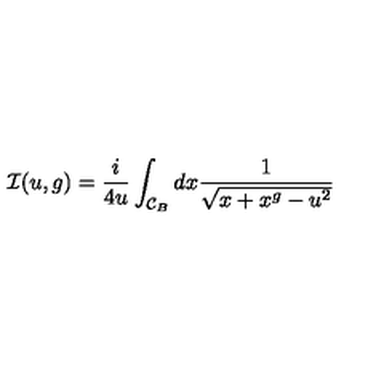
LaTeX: { \cal I } ( u , g ) = \frac { i } { 4 u } \int _ { { \cal C } _ { B } } d x \frac { 1 } { \sqrt { x + x ^ { g } - u ^ { 2 } } }